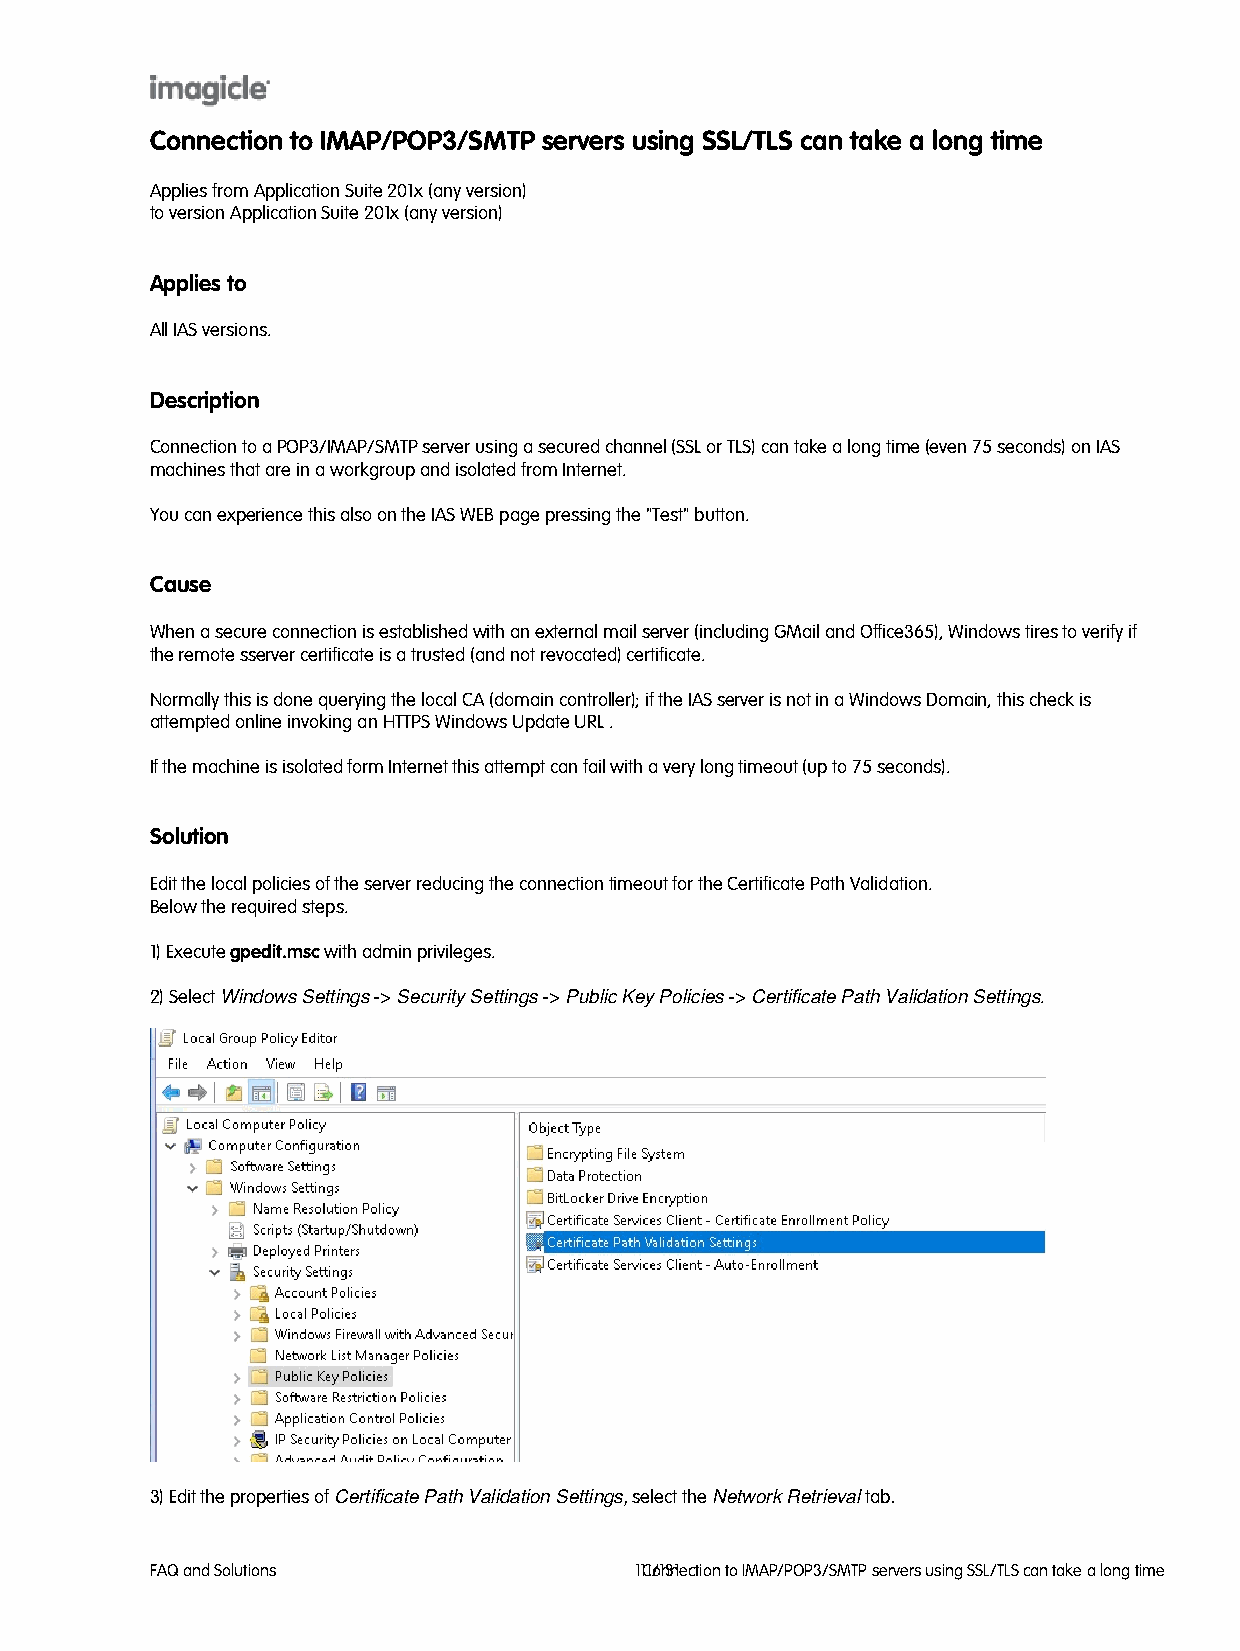
Connection to IMAP/POP3/SMTP servers using SSL/TLS can take a long time
 Applies from Application Suite 201x (any version)
 to version Application Suite 201x (any version)
 Applies to
 All IAS versions.
 Description
 Connection to a POP3/IMAP/SMTP server using a secured channel (SSL or TLS) can take a long time (even 75 seconds) on IAS
 machines that are in a workgroup and isolated from Internet.
 You can experience this also on the IAS WEB page pressing the "Test" button.
 Cause
 When a secure connection is established with an external mail server (including GMail and Office365), Windows tires to verify if
 the remote sserver certificate is a trusted (and not revocated) certificate.
 Normally this is done querying the local CA (domain controller); if the IAS server is not in a Windows Domain, this check is
 attempted online invoking an HTTPS Windows Update URL .
 If the machine is isolated form Internet this attempt can fail with a very long timeout (up to 75 seconds).
 Solution
 Edit the local policies of the server reducing the connection timeout for the Certificate Path Validation.
 Below the required steps.
 1) Execute gpedit.msc with admin privileges.
 2) Select Windows Settings -> Security Settings -> Public Key Policies -> Certificate Path Validation Settings.
 3) Edit the properties of Certificate Path Validation Settings, select the Network Retrieval tab.
 FAQ and Solutions               1C11o/n1n3e1ction to IMAP/POP3/SMTP servers using SSL/TLS can take a long time